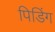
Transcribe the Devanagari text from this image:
पिडिंग